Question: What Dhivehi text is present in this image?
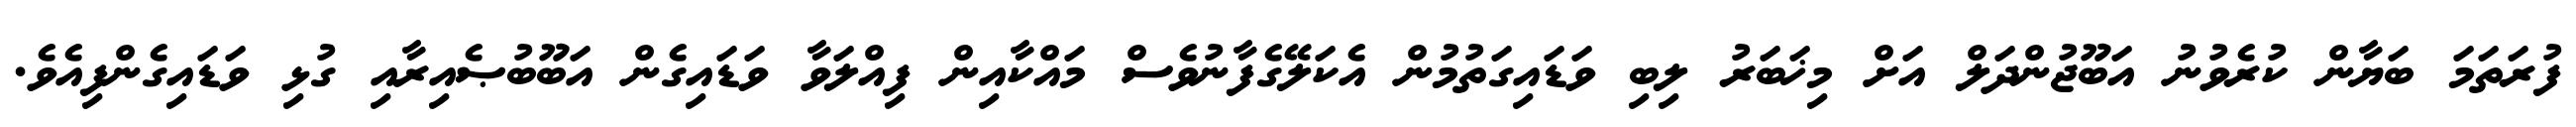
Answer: ފުރަތަމަ ބަޔާން ކުރެވުނު އަބޫޖުންދަލް އަށް މިޚަބަރު ލިބި ވަޑައިގަތުމުން އެކަލޭގެފާނުވެސް މައްކާއިން ފިއްލަވާ ވަޑައިގެން އަބޫބުޞެއިރާއި ގުޅި ވަޑައިގެންފިއެވެ.